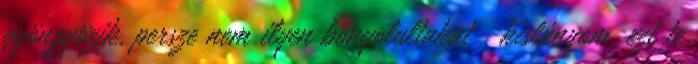
gyöngyözik, persze nem ilyen bonyolultakat kislányom, ezt te